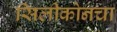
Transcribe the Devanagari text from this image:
सिलीकोनचा